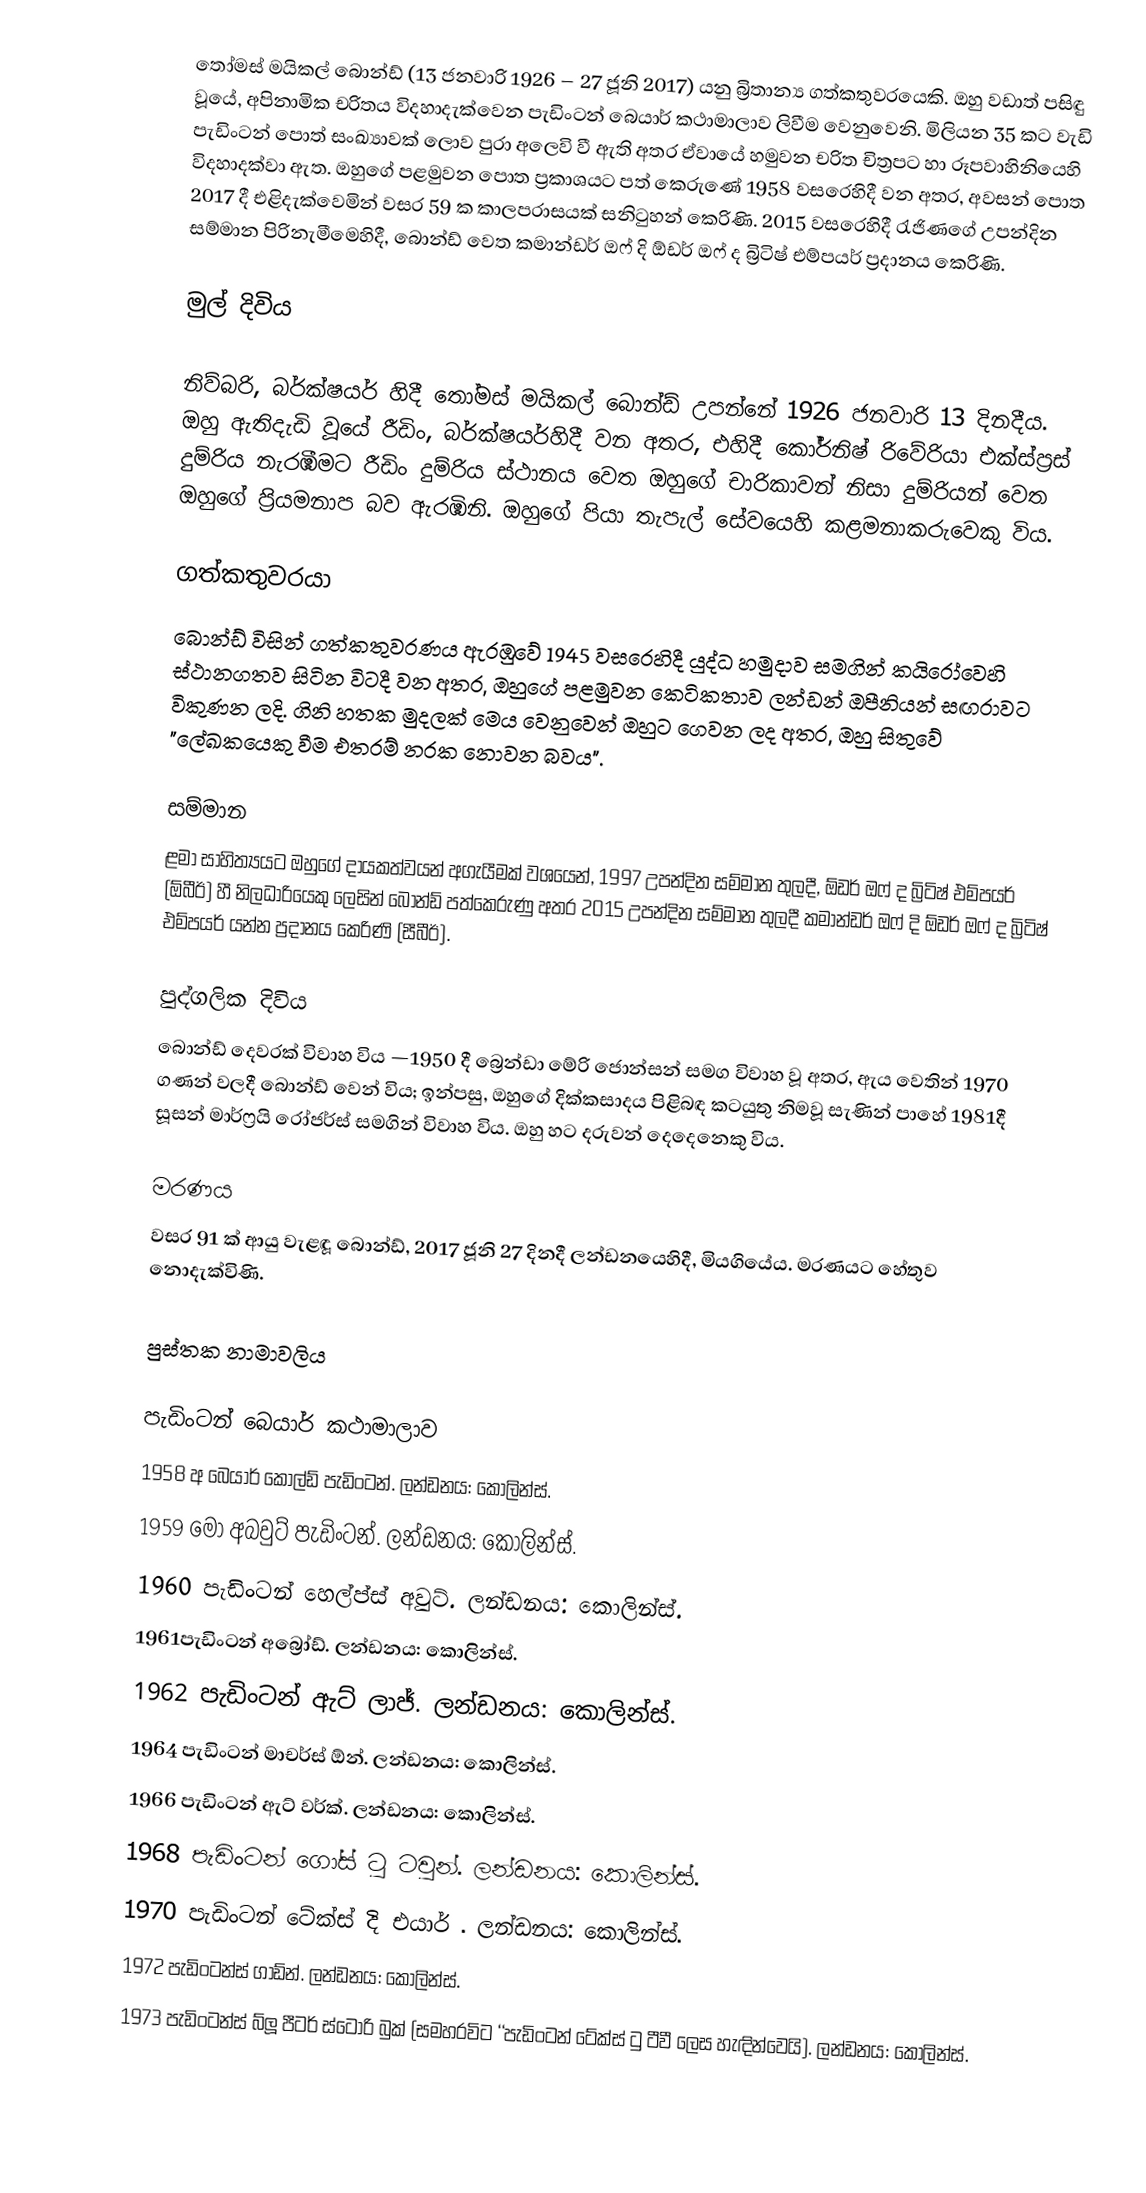
තෝමස් මයිකල් බොන්ඩ්  (13 ජනවාරි 1926 – 27 ජූනි 2017) යනු බ්‍රිතාන්‍ය ගත්කතුවරයෙකි. ඔහු වඩාත් පසිඳු වූයේ, අපිනාමික චරිතය විදහාදැක්වෙන   පැඩිංටන් බෙයාර් කථාමාලාව ලිවීම වෙනුවෙනි. මිලියන 35 කට වැඩි පැඩිංටන් පොත් සංඛ්‍යාවක් ලොව පුරා අලෙවි වී ඇති අතර ඒවායේ හමුවන චරිත චිත්‍රපට හා රූපවාහිනියෙහි විදහාදක්වා ඇත. ඔහුගේ පළමුවන පොත ප්‍රකාශයට පත් කෙරුණේ  1958 වසරෙහිදී වන අතර,  අවසන් පොත 2017 දී එළිදැක්වෙමින් වසර 59 ක කාලපරාසයක් සනිටුහන් කෙරිණි. 2015 වසරෙහිදී රැජිණගේ උපන්දින සම්මාන පිරිනැමීමෙහිදී, බොන්ඩ් වෙත කමාන්ඩර් ඔෆ් දි ඕඩර් ඔෆ් ද බ්‍රිටිෂ් එම්පයර්  ප්‍රදානය කෙරිණි.

මුල් දිවිය

නිව්බරි, බර්ක්ෂයර් හිදී තෝමස් මයිකල් බොන්ඩ් උපන්නේ 1926 ජනවාරි 13 දිනදීය. ඔහු ඇතිදැඩි වූයේ රීඩිං, බර්ක්ෂයර්හිදී වන අතර, එහිදී  කෝර්නිෂ් රිවේරියා එක්ස්ප්‍රස් දුම්රිය නැරඹීමට රීඩිං දුම්රිය ස්ථානය වෙත ඔහුගේ චාරිකාවන් නිසා දුම්රියන් වෙත ඔහුගේ ප්‍රියමනාප බව ඇරඹිනි. ඔහුගේ පියා තැපැල් සේවයෙහි කළමනාකරුවෙකු විය.

ගත්කතුවරයා
බොන්ඩ් විසින් ගත්කතුවරණය ඇරඹුවේ  1945 වසරෙහිදී යුද්ධ හමුදාව සමගින් කයිරෝවෙහි ස්ථානගතව සිටින විටදී වන අතර, ඔහුගේ පළමුවන කෙටිකතාව  ලන්ඩන් ඔපීනියන් සඟරාවට විකුණන ලදි. ගිනි හතක මුදලක් මෙය වෙනුවෙන් ඔහුට ගෙවන ලද අතර, ඔහු සිතුවේ "ලේඛකයෙකු වීම එතරම් නරක නොවන බවය".

සම්මාන
ළමා සාහිත්‍යයට ඔහුගේ දායකත්වයන් අගැයීමක් වශයෙන්, 1997 උපන්දින සම්මාන තුලදී, ඕඩර් ඔෆ් ද බ්‍රිටිෂ් එම්පයර් (ඕබීඊ) හී නිලධාරියෙකු ලෙසින් බොන්ඩ් පත්කෙරුණු අතර  2015 උපන්දින සම්මාන තුලදී කමාන්ඩර් ඔෆ් දි ඕඩර් ඔෆ් ද බ්‍රිටිෂ් එම්පයර් යන්න ප්‍රදානය කෙරිණි (සීබීඊ).

පුද්ගලික දිවිය
බොන්ඩ් දෙවරක් විවාහ විය —1950 දී බ්‍රෙන්ඩා මේරි ජොන්සන් සමග විවාහ වූ අතර, ඇය වෙතින් 1970 ගණන් වලදී බොන්ඩ් වෙන් විය; ඉන්පසු, ඔහුගේ දික්කසාදය පිළිබඳ කටයුතු නිමවූ සැණින් පාහේ 1981දී සූසන් මාර්ෆ්‍රයි රෝජර්ස් සමගින් විවාහ විය. ඔහු හට දරුවන් දෙදෙනෙකු විය.

මරණය
වසර 91 ක් ආයු වැළඳූ බොන්ඩ්, 2017 ජූනි 27 දිනදී  ලන්ඩනයෙහිදී, මියගියේය. මරණයට හේතුව නොදැක්විණි.

පුස්තක නාමාවලිය

පැඩිංටන් බෙයාර් කථාමාලාව
 1958 අ බෙයාර් කෝල්ඩ් පැඩිංටන්. ලන්ඩනය: කොලින්ස්.
 1959 මෝ අබවුට් පැඩිංටන්. ලන්ඩනය: කොලින්ස්.
 1960 පැඩිංටන් හෙල්ප්ස් අවුට්. ලන්ඩනය: කොලින්ස්.
 1961පැඩිංටන් අබ්‍රෝඩ්. ලන්ඩනය: කොලින්ස්.
 1962 පැඩිංටන් ඇට් ලාජ්. ලන්ඩනය: කොලින්ස්.
 1964 පැඩිංටන් මාචර්ස් ඕන්. ලන්ඩනය: කොලින්ස්.
 1966 පැඩිංටන් ඇට් වර්ක්. ලන්ඩනය: කොලින්ස්.
 1968 පැඩිංටන් ගෝස් ටු ටවුන්. ලන්ඩනය: කොලින්ස්.
 1970 පැඩිංටන් ටේක්ස් දි එයාර් . ලන්ඩනය: කොලින්ස්.
 1972 පැඩිංටන්ස් ගාඩ්න්. ලන්ඩනය: කොලින්ස්.
 1973 පැඩිංටන්ස් බ්ලූ පීටර් ස්ටෝරි බුක් (සමහරවිට ‘‘පැඩිංටන් ටේක්ස් ටු ටීවී ලෙස හැඳින්වෙයි). ලන්ඩනය: කොලින්ස්.